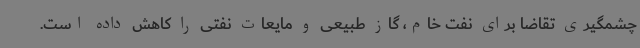
چشمگیری تقاضا برای نفت خام، گاز طبیعی و مایعات نفتی را کاهش داده است.